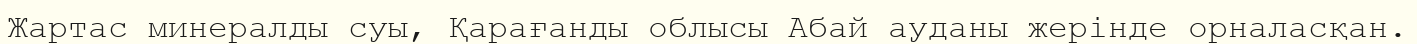
Жартас минералды суы, Қарағанды облысы Абай ауданы жерінде орналасқан.